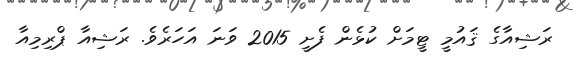
ރަޝިއާގެ ޤައުމީ ޓީމަށް ކުޅެން ފެށީ 2015 ވަނަ އަހަރެވެ. ރަޝިއާ ޕްރިމިއާ